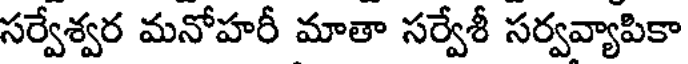
సర్వేశ్వర మనోహరీ మాతా సర్వేశీ సర్వవ్యాపికా